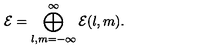
{ \cal E } = \bigoplus _ { l , m = - \infty } ^ { \infty } { \cal E } ( l , m ) .